Report on plague and inoculation in the Punjab from October 1st ... to September 30th..., being the ... season of plague in the province
Disease focus: Plague
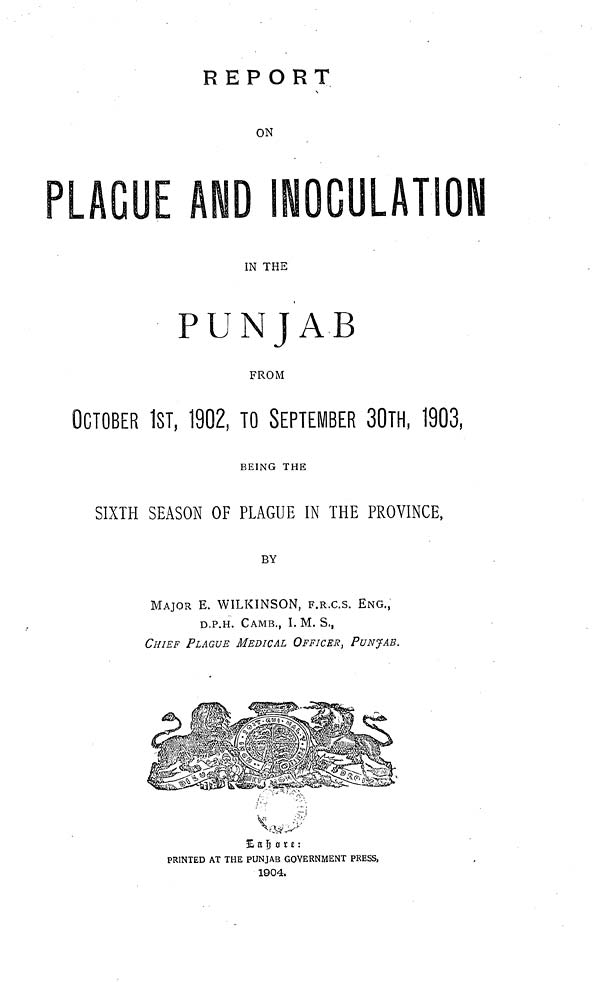
REPORT
ON
IN THE
PUNJAB
FROM
OCTOBER 1ST, 1902, TO SEPTEMBER 30TH, 1903,
BEING THE
SIXTH SEASON OF PLAGUE IN THE PROVINCE,
BY
MAJOR E. WILKINSON, F.R.C.S. ENG.,
D.P.H. CAMB., I. M. S.,
CHIEF PLAGUE MEDICAL OFFICER, PUNJAB.
Eahare;
PRINTED AT THE PUNJAB GOVERNMENT PRESS,
1904.